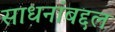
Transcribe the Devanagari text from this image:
साधनांबद्दल